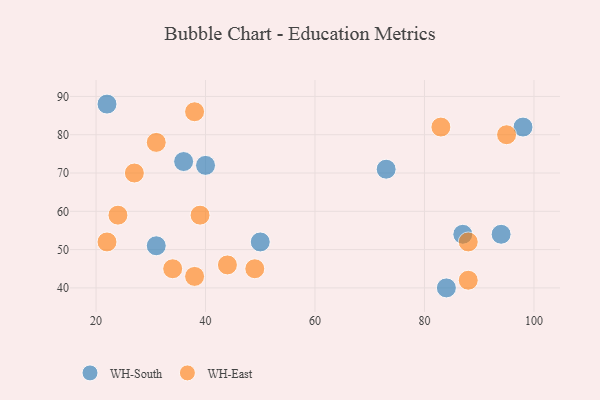
{"axis": {"x": "GDP", "y": "Life Expectancy"}, "legend": ["WH-East", "WH-South"], "data": [{"x": "94", "y": 54, "type": "WH-South"}, {"x": "36", "y": 73, "type": "WH-South"}, {"x": "22", "y": 88, "type": "WH-South"}, {"x": "50", "y": 52, "type": "WH-South"}, {"x": "84", "y": 40, "type": "WH-South"}, {"x": "98", "y": 82, "type": "WH-South"}, {"x": "31", "y": 51, "type": "WH-South"}, {"x": "87", "y": 54, "type": "WH-South"}, {"x": "40", "y": 72, "type": "WH-South"}, {"x": "73", "y": 71, "type": "WH-South"}, {"x": "31", "y": 78, "type": "WH-East"}, {"x": "88", "y": 42, "type": "WH-East"}, {"x": "22", "y": 52, "type": "WH-East"}, {"x": "38", "y": 43, "type": "WH-East"}, {"x": "27", "y": 70, "type": "WH-East"}, {"x": "88", "y": 52, "type": "WH-East"}, {"x": "83", "y": 82, "type": "WH-East"}, {"x": "39", "y": 59, "type": "WH-East"}, {"x": "34", "y": 45, "type": "WH-East"}, {"x": "24", "y": 59, "type": "WH-East"}, {"x": "95", "y": 80, "type": "WH-East"}, {"x": "44", "y": 46, "type": "WH-East"}, {"x": "49", "y": 45, "type": "WH-East"}, {"x": "38", "y": 86, "type": "WH-East"}]}